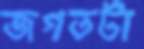
জগতটা